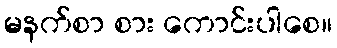
မနက်စာ စား ကောင်းပါစေ။